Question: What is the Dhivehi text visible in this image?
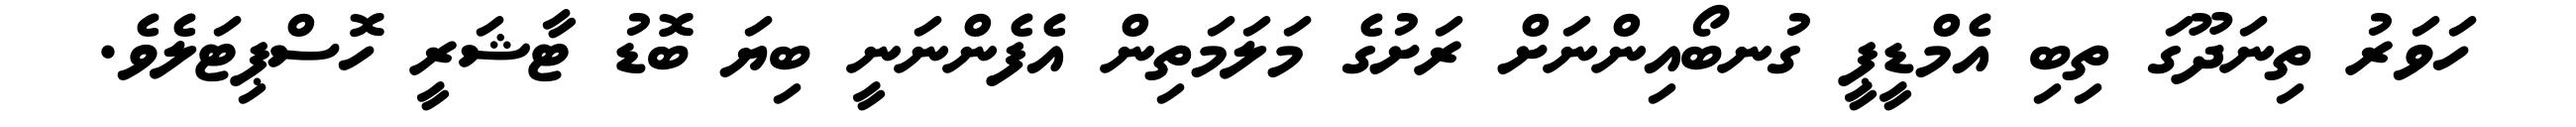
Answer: ހަވަރު ތިނަދޫގަ ތިބި އެމްޑީޕީ ގުނބޯއިންނަށް ރަށުގެ މަލަމަތިން އެފެންނަނީ ބިޔަ ބޮޑު ޓާޝަރީ ހޮސްޕިޓަލެވެ.